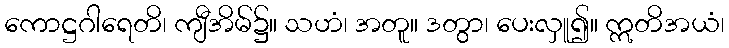
ကောဋ္ဌဂါရေတိ၊ ကျီအိမ်၌။ သဟံ၊ အတူ။ ဒတွာ၊ ပေးလှူ၍။ ဣတိအယံ၊